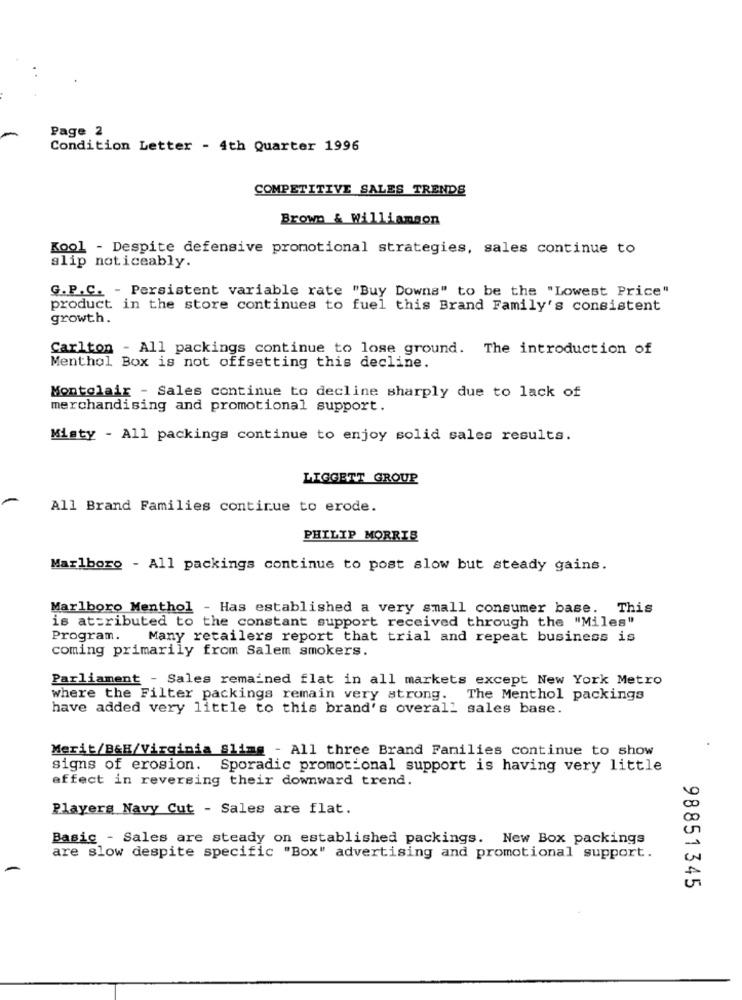
Page 2
Condition Letter - 4th Quarter 1996
COMPETITIVE SALES TRENDS
Brown & Williamson
Kool - Despite defensive promotional strategies, sales continue to
slip noticeably.
G.P.C. - Persistent variable rate "Buy Downs" to be the "Lowest Price"
product in the store continues to fuel this Brand Family's consistent
growth.
Carlton - All packings continue to lose ground. The introduction of
Menthol Box is not offsetting this decline.
Montclair - Sales continue to decline sharply due to lack of
merchandising and promotional support.
Misty - All packings continue to enjoy solid sales results.
LIGGETT GROUP
All Brand Families continue to erode.
PHILIP MORRIS
Marlboro - All packings continue to post slow but steady gains.
Marlboro Menthol - Has established a very small consumer base. This
is attributed to the constant support received through the "Miles"
Program. Many retailers report that trial and repeat business is
coming primarily from Salem smokers.
Parliament - Sales remained flat in all markets except New York Metro
where the Filter packings remain very strong. The Menthol packings
have added very little to this brand's overall sales base.
Merit/B&H/Virginia glimg - All three Brand Families continue to show
signs of erosion. Sporadic promotional support is having very little
affect in reversing their downward trend.
Players Navy Cut - Sales are flat.
Basic - Sales are steady on established packings. New Box packings
are slow despite specific "Box" advertising and promotional support.
98851345